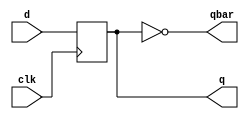
`timescale 1ns / 1ps
//////////////////////////////////////////////////////////////////////////////////
// Company: 
// Engineer: 
// 
// Design Name: 
// Module Name: SR_FF_USING_D
// Project Name: 
// Target Devices: 
// Tool Versions: 
// Description: 
// 
// Dependencies: 
// 
// Revision:
// Revision 0.01 - File Created
// Additional Comments:
// 
//////////////////////////////////////////////////////////////////////////////////
module d_ff(input clk,d,output reg q=0,output qbar);
assign qbar=~q;
always@(posedge clk)
begin
q<=d;
end
endmodule
module SR_FF_USING_D(
    input s,
    input r,
    input clk,
    output q,
    input qbar
    );
   wire x;
   assign x=s|(q&(~r));
   d_ff dff(clk,x,q,qbar);
endmodule